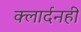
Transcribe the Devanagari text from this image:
क्लार्दनही